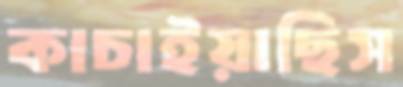
কাচাইয়াছিস